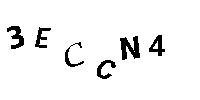
3ECCN4